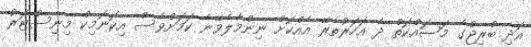
އަދި ބްރިޖްގެ މަސައްކަތް ދެ އަހަރުތެރޭ އެއްކޮށް ނިންމާލެވޭނެ ކަމަށްވެސް އިކޮނޮމިކް މިނިސްޓަރު